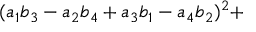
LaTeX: ( a _ { 1 } b _ { 3 } - a _ { 2 } b _ { 4 } + a _ { 3 } b _ { 1 } - a _ { 4 } b _ { 2 } ) ^ { 2 } +